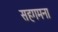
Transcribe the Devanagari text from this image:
सहगमना